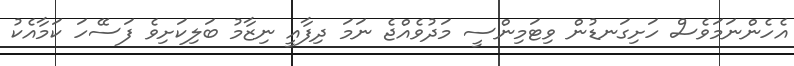
އެހެންނަމަވެސް ހަށިގަނޑުން ވިޓަމިންސީ މަދުވެއްޖެ ނަމަ ދިފާއީ ނިޒާމު ބަލިކަށިވެ ފަސޭހަ ކަމާއެކު